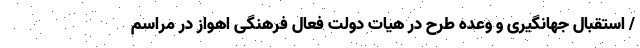
/ استقبال جهانگیری و وعده طرح در هیات دولت فعال فرهنگی اهواز در مراسم